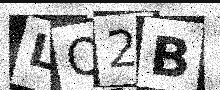
Text: LQ2B